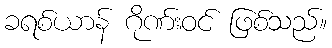
ခရစ်ယာန် ဂိုဏ်းဝင် ဖြစ်သည်။